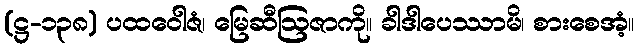
(ဋ္ဌ-၁၃၈) ပထဝေါဇံ၊ မြေဆီဩဇာကို။ ခါဒါပေဿာမိ၊ စားစေအံ့။